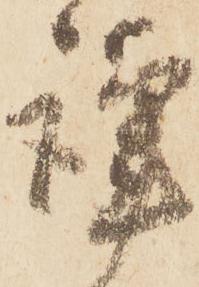
謹